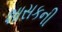
શાસકની